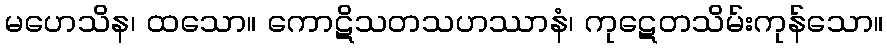
မဟေသိန၊ ထသော။ ကောဋိသတသဟဿာနံ၊ ကုဋေတသိမ်းကုန်သော။